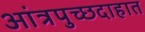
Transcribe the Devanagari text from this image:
आंत्रपुच्छदाहात